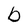
Character: b